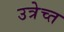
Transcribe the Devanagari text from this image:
उत्रेच्त